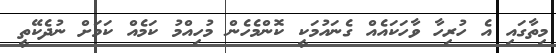
މިތާގައި އެ ހުރިހާ ވާހަކައެއް ގެނައުމަކީ ކޮންމެހެން މުހިއްމު ކަމެއް ކަމަށް ނުދެކޭތީ